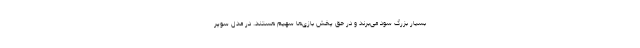
بسیار بزرگ سود می‌برند و در حق پخش بازی‌ها سهیم هستند. در مدل سوپر